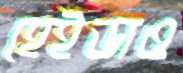
হেইডাও